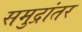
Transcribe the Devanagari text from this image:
समुद्रांतर